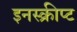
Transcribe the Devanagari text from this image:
इनस्क्रीप्ट